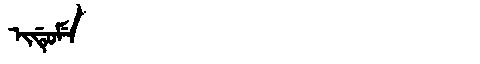
Manchu: ᡳᡩᡠᠮᡝ
Romanization: IDUME